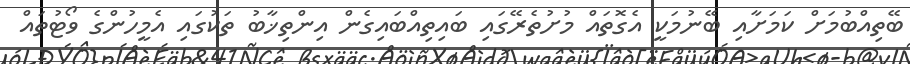
ބޭތިއްބުމަށް ކަމަށާއި ބޭނުމަކީ އެގޮތައް މުށުތެރޭގައި ބައިތިއްބައިގެން އިންތިޚާބު ތަކުގައި އެމީހުންގެ ވޯޓުތައް